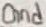
Text: Gnd